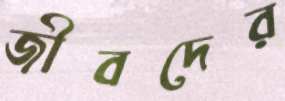
জীবদের